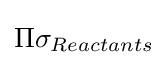
\Pi \sigma _{Reactants}